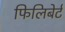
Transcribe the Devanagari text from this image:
फिलिबेर्ट